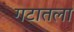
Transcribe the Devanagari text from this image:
गटातला